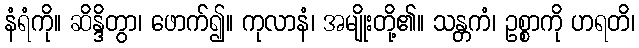
နံရံကို။ ဆိန္ဒိတွာ၊ ဖောက်၍။ ကုလာနံ၊ အမျိုးတို့၏။ သန္တကံ၊ ဥစ္စာကို ဟရတိ၊